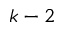
k - 2